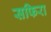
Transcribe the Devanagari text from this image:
सफिरा